Burma Government Medical School reports 1923-41
Year: 1923
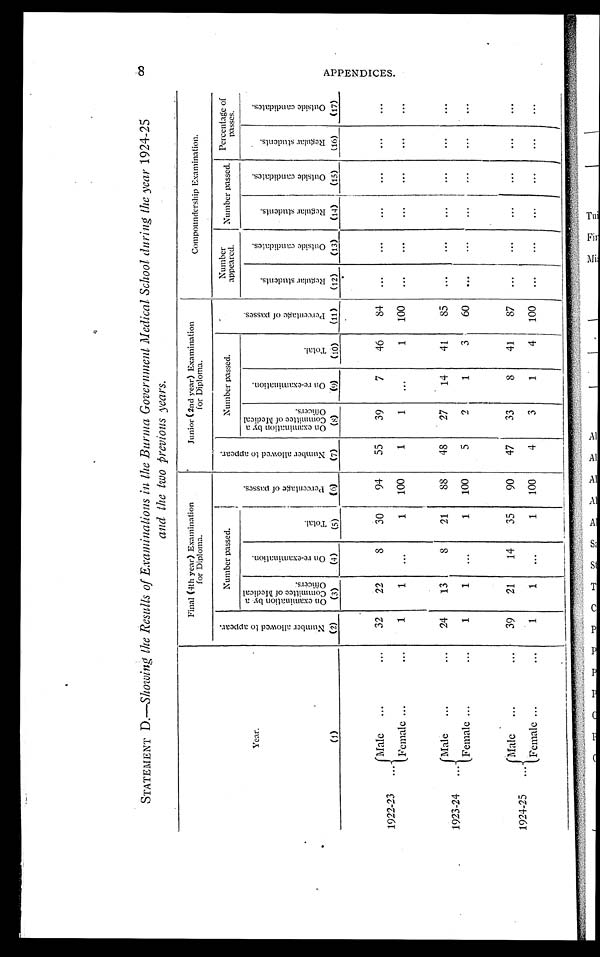
STATEMENT D.—Showing the Results of Examinations in the Burma Government Medical School during the year 1924-25
and the two previous years .
Year
Final (4th year) Examination
for Diploma.
Junior (2nd year) Examination
for Diploma.
Compoundership Examination.
N u m b e r a l l o w e d t o a p p e a r .
Number passed.
P e r c e n t a g e o f p a s s e s .
N u m b e r a l l o w e d t o a p p e a r .
Number passed.
P e r c e n t a g e o f p a s s e s .
Number
appeared.
Number passed. Percentage of
passes.
O n e x a m i n a t i o n b y a C o m m i t t e e o f M e d i c a l O f f i c e r s .
O n r e - e x a m i n a t i o n .
Total.
O n e x a m i n a t i o n b y a C o m m i t t e e o f M e d i c a l O f f i c e r s .
O n r e - e x a m i n a t i o n .
Total.
R e g u l a r s t u d e n t s .
O u t s i d e c a n d i d a t e s .
R e g u l a r s t u d e n t s .
O u t s i d e c a n d i d a t e s .
R e g u l a r s t u d e n t s .
O u t s i d e c a n d i d a t e s .
(1)
(2)
(3)
(4)
(5)
(6)
(7)
(8)
(9)
(10)
(11)
(12)
(13)
(14)
(15)
(16)
(17)
1922-23
Male
...
...
32
22
8
30
94
55
39
7
46
84
...
...
...
...
...
...
Female
...
...
1
1 ...
1
100
1
1 ...
1
100
...
...
...
...
...
...
1923-24
Male
...
...
24
13
8
21
88
48
27
14
41
85
...
...
...
...
...
...
Female
...
...
1
1
...
1
100
5
2
1
3
60
...
...
...
...
...
...
1924-25
Male
...
...
39
21
14
35
90
47
33
8
41
87
...
...
...
...
...
...
Female ...
...
1
1 ...
1
100
4
3
1
4
100
...
...
...
...
...
...
8
A P P E N D I C E S .